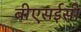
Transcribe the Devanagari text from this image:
बीएसईसी